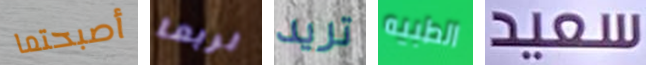
أصبحتما لربما تريد الطبيه سعيد